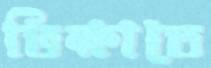
ভিক্ষাতে